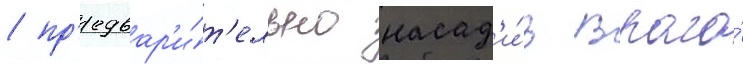
/ пр'едвар'и́т'ельно насад'и́в врага́